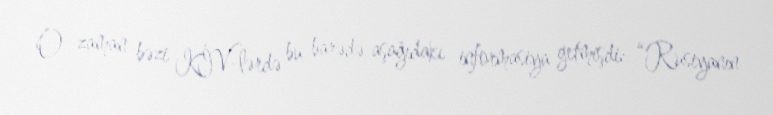
O zaman bəzi KİV-lərdə bu barədə aşağıdakı informasiya getmişdi: “Rusiyanın